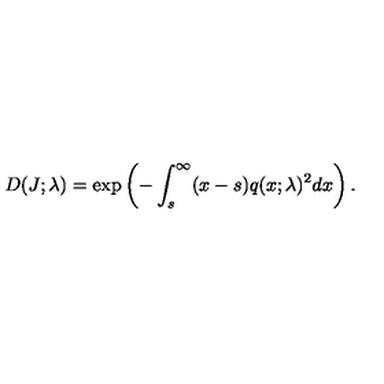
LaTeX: D ( J ; \lambda ) = \exp \left( - \int _ { s } ^ { \infty } ( x - s ) q ( x ; \lambda ) ^ { 2 } d x \right) .